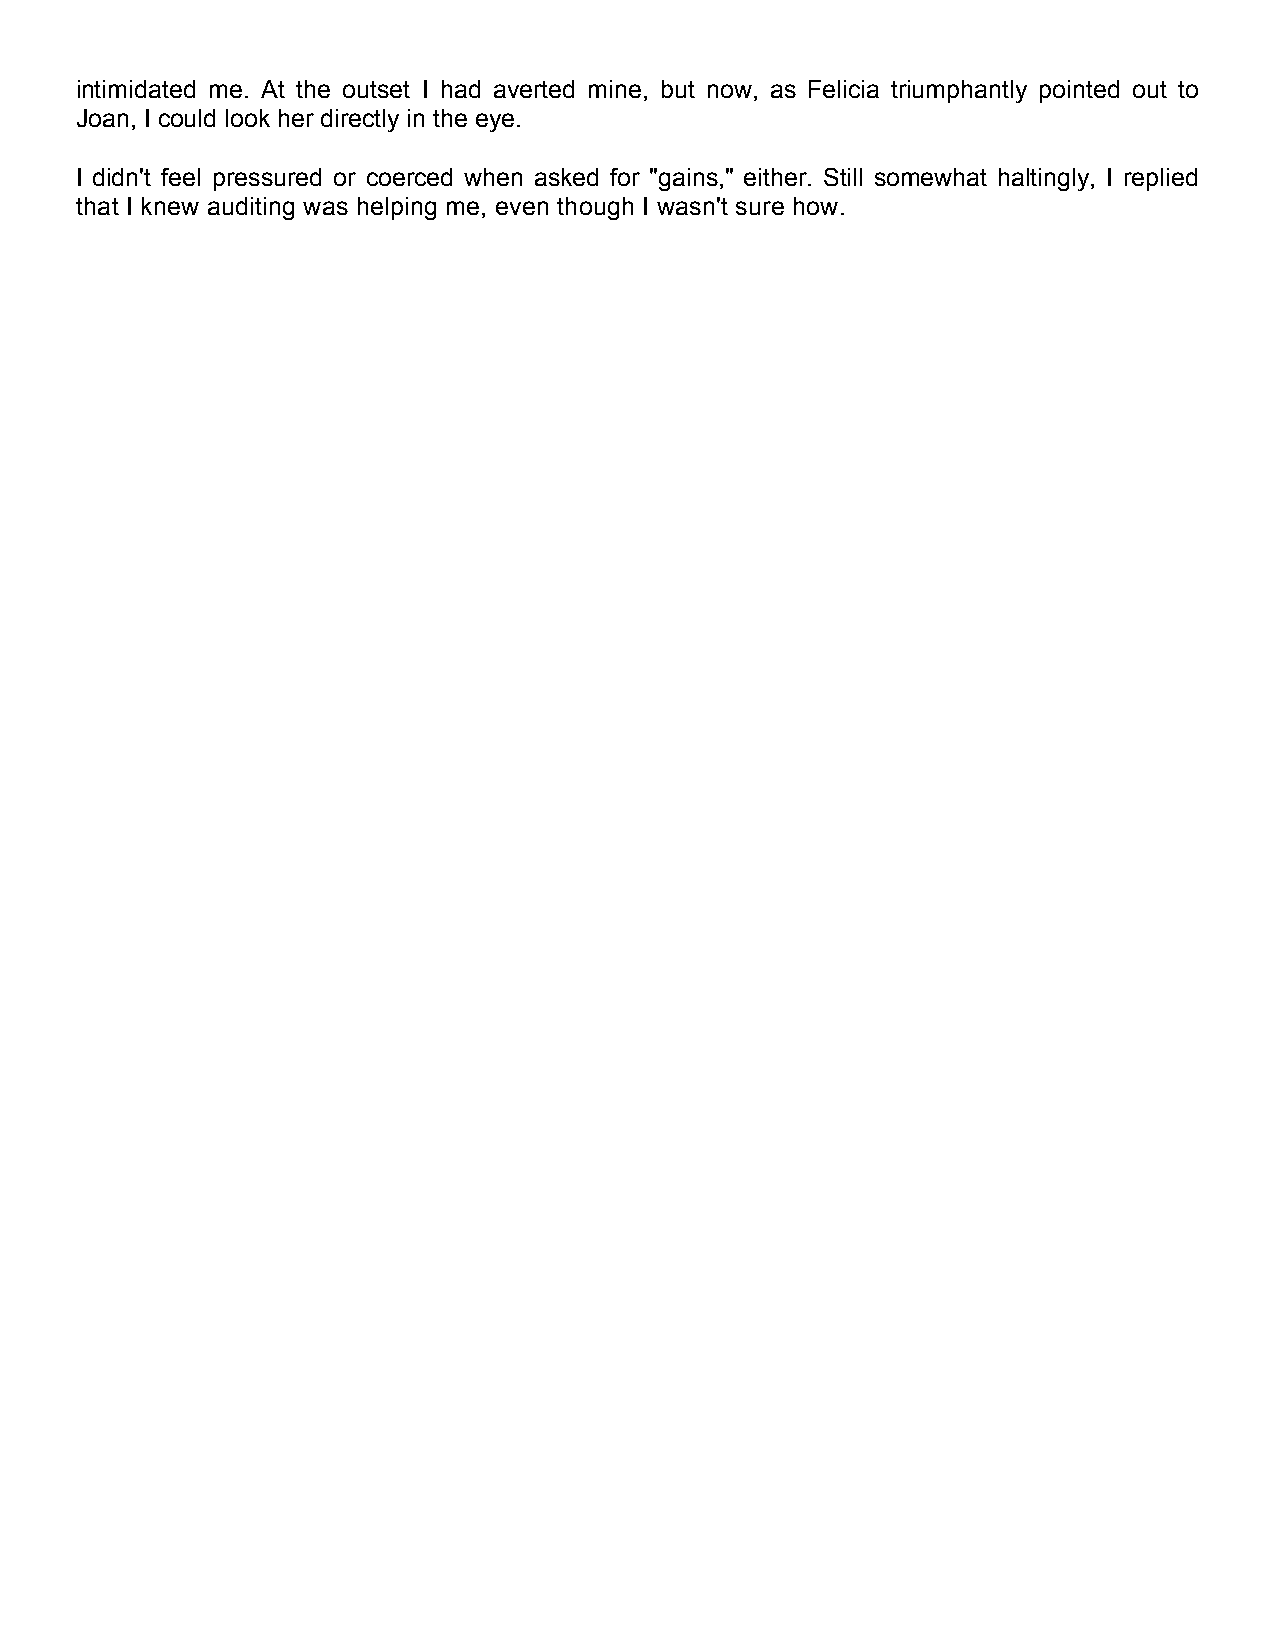
intimidated me. At the outset I had averted mine, but now, as Felicia triumphantly pointed out to
 Joan, I could look her directly in the eye.
 I didn't feel pressured or coerced when asked for "gains," either. Still somewhat haltingly, I replied
 that I knew auditing was helping me, even though I wasn't sure how.